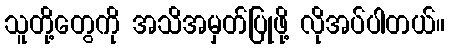
သူတို့တွေကို အသိအမှတ်ပြုဖို့ လိုအပ်ပါတယ်။